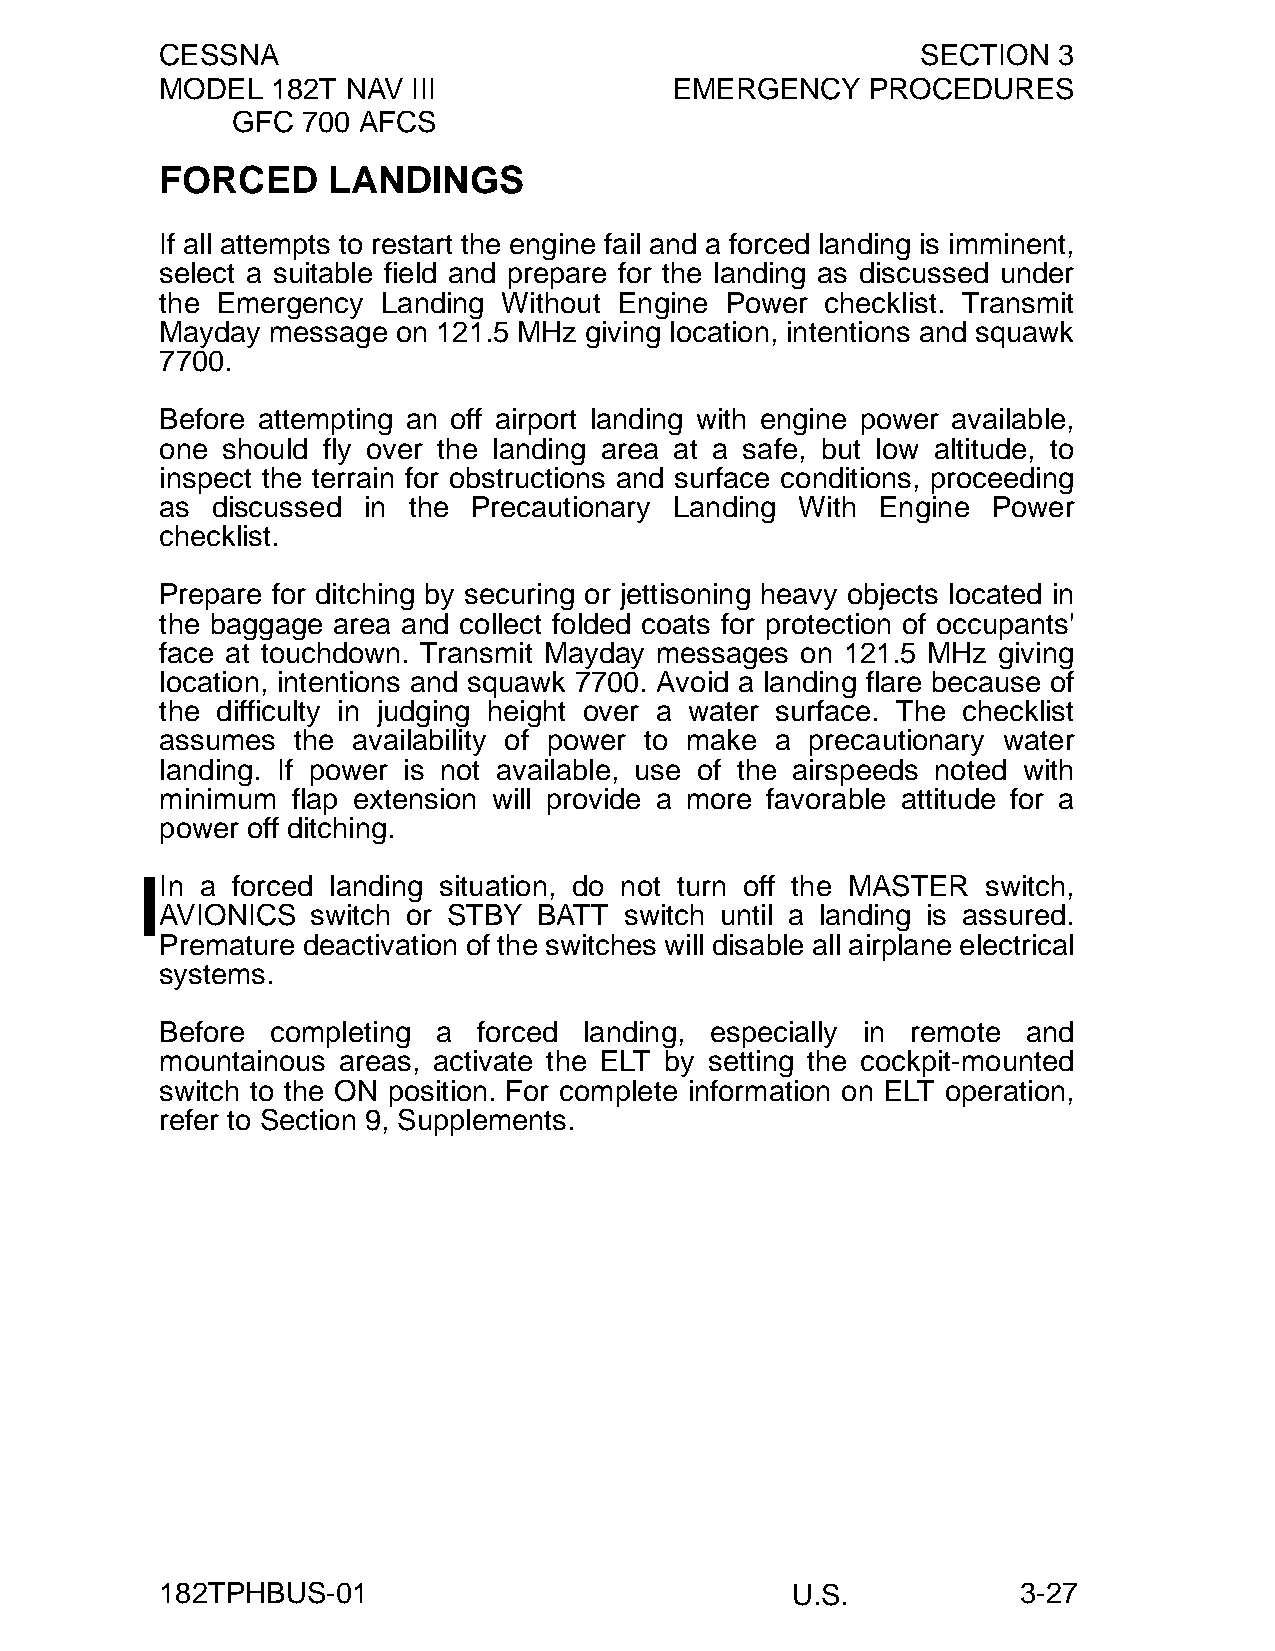
CESSNA                                            SECTION  3
 MODEL  182T NAV III               EMERGENCY    PROCEDURES
 GFC  700 AFCS
 FORCED     LANDINGS
 If all attempts to restart the engine fail and a forced landing is imminent,
 select a suitable field and prepare for the landing as discussed under
 the Emergency Landing Without Engine Power  checklist. Transmit
 Mayday message on 121.5 MHz giving location, intentions and squawk
 7700.
 Before attempting an off airport landing with engine power available,
 one should fly over the landing area at a safe, but low altitude, to
 inspect the terrain for obstructions and surface conditions, proceeding
 as discussed in the Precautionary Landing With Engine  Power
 checklist.
 Prepare for ditching by securing or jettisoning heavy objects located in
 the baggage area and collect folded coats for protection of occupants'
 face at touchdown. Transmit Mayday messages on 121.5 MHz giving
 location, intentions and squawk 7700. Avoid a landing flare because of
 the difficulty in judging height over a water surface. The checklist
 assumes the availability of power to make a precautionary water
 landing. If power is not available, use of the airspeeds noted with
 minimum flap extension will provide a more favorable attitude for a
 power off ditching.
 In a forced landing situation, do not turn off the MASTER switch,
 AVIONICS  switch or STBY BATT switch until a landing is assured.
 Premature deactivation of the switches will disable all airplane electrical
 systems.
 Before completing a  forced landing, especially in remote and
 mountainous areas, activate the ELT by setting the cockpit-mounted
 switch to the ON position. For complete information on ELT operation,
 refer to Section 9, Supplements.
 182TPHBUS-01                             U.S.            3-27